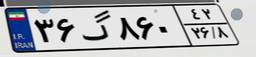
۳۶گ۸۶۰۴۲